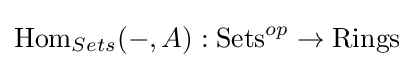
{\text{Hom}}_{Sets}(-,A):{\text{Sets}}^{op}\to {\text{Rings}}